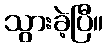
သွားခဲ့ပြီ။